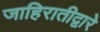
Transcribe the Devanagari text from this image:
जाहिरातीद्वारे